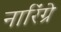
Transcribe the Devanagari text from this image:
नारिंग्रे